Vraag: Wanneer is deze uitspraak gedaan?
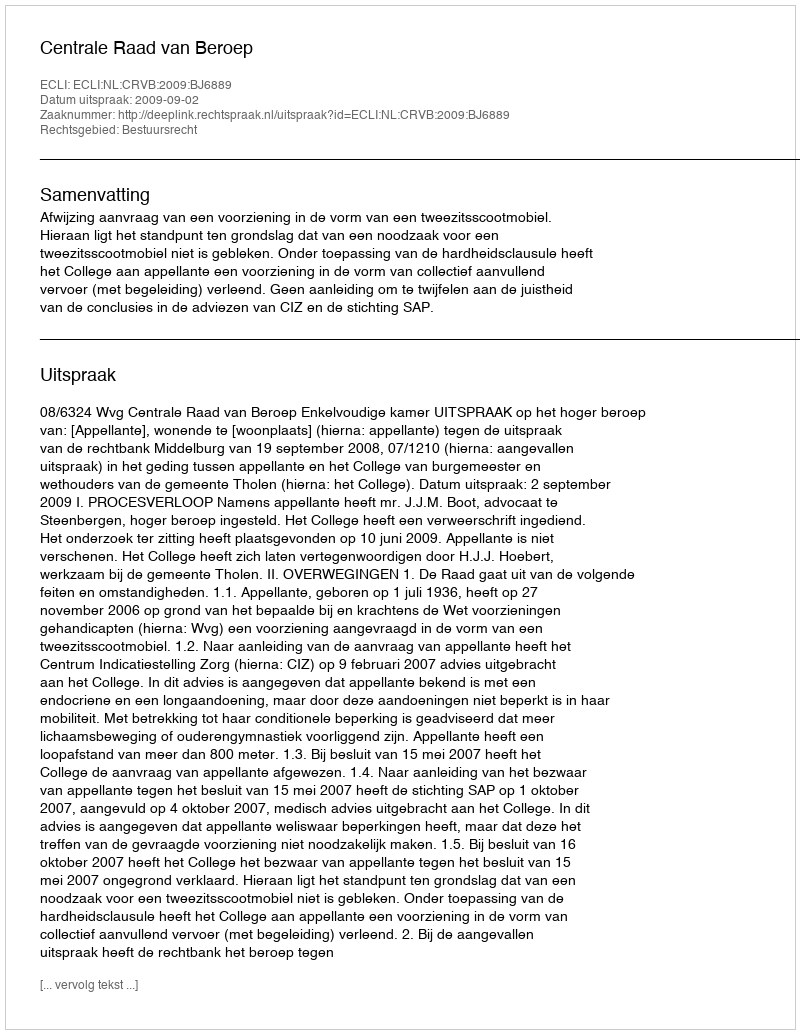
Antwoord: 2009-09-02